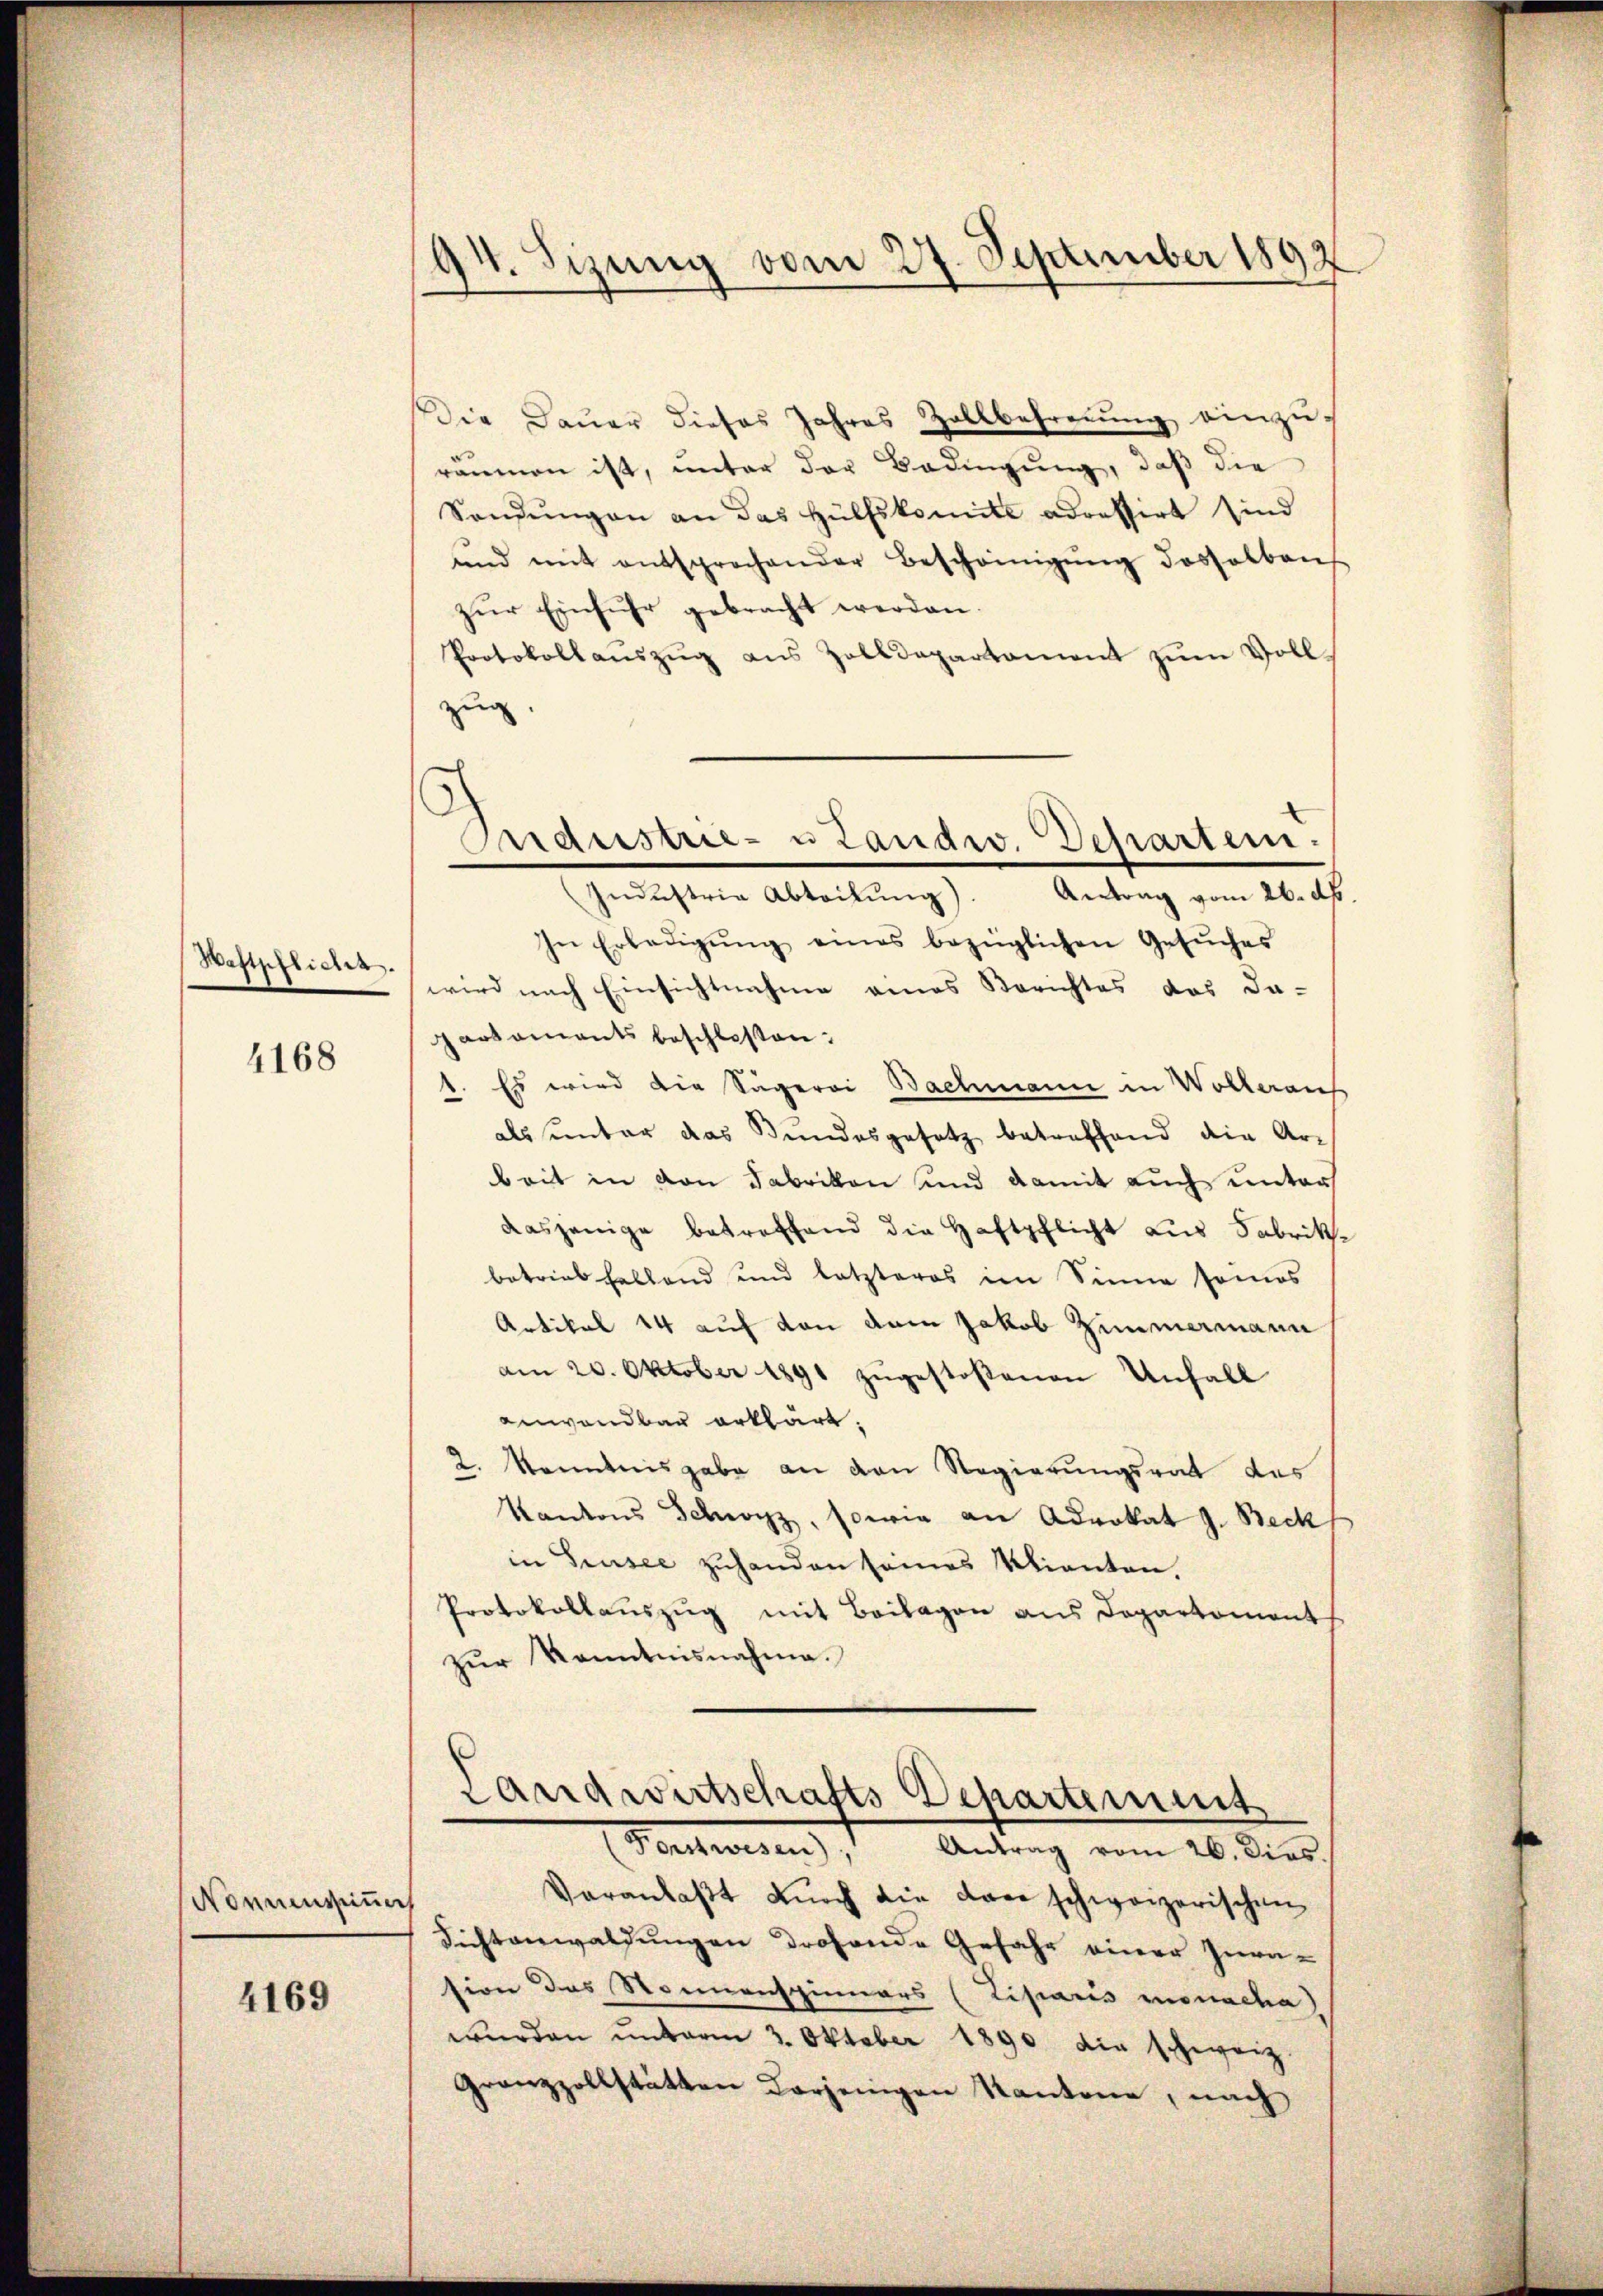
Wastpflicht.

4168

Nonnensinners

4169

94. Sizung vom 27. September 1892

Die Dauer dieses Jahres Zollbefreung einzu-
räumen ist, unter der Bedingung, daß die
Sondŭngen an das Hülfskomité adressirt sind
und mit entsprochender Bescheinigŭng desselben
zŭr Einfuhr gebracht werden.
Protokollaŭszŭg aŭs Zolldepartament zŭm Voll-
zug.
In Erledigŭng eines bezüglichen Gesŭches
wird nach Einsichtnahme eines Berichtes das da-
partaments beschlossen:
1. Es wird die Sägerei Bachmann in Wolleraus
als unter das Bundesgesetz betreffend die Ar-
beit in von Fabrikon und damit auch unter
dasjenige betreffend die Haftpflicht aus Fabrik
betrieb haltend und letzteres im Sinne seines
Artikel 14 auf von dem Jakob Zimmermann
am 20. Oktober 1891 zugestoßenen Unfall
anwendbar erklärt.
2. konntnisgabe an den Regierungsrat das
Kantons Schwyz, sowie an Advokat J. Beck
in Grusee zuhanden seines Klienten,
Protokollauszug mit Beilagen aus Departement
zŭr Kenntnisnahme.
Landwirtschafts Departement
(Fortswesen), Antrag vom 26. dies
Veranlaßt durch die dare schweizerischen
Richtanwaldungen drohende Gefahr einer Zurü-
sion des Sonnenspinners (Tisiano monacha)
wurden unterm 3. Oktober 1890 die schweiz
Granzzollstätten derjenigen Kantone, nach

Industrie- u Landw. Departen:
Industrie Abteilung
Antrag vom 26. dh.